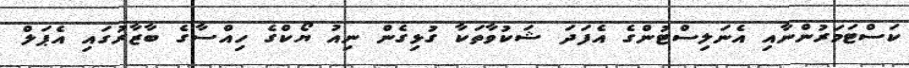
ކަސްޓަމަރުންނާއި އެނަލިސްޓުންގެ އެފަދަ ޝަކުވާތަކާ ގުޅިގެން ނިއު ޔޯކްގެ ހިއްސާގެ ބާޒާރުގައި އެޕަލް